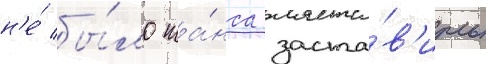
н'е́ бы́ло ша́нса заста́в'ить